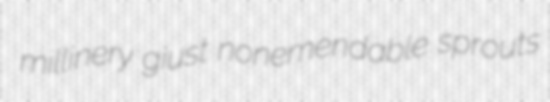
millinery giust nonemendable sprouts